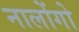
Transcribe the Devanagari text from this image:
नालोंगो